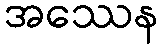
အဿေန